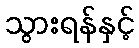
သွားရန်နှင့်